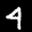
Label: 4